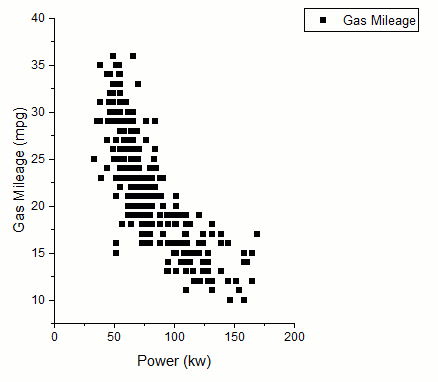
originLab, graph maker app, scatter plot